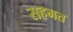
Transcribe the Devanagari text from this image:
सहमत